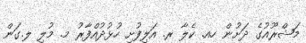
މަޝްރޫއުގެ ދަށުން ހއ. ކެލާ ރ. އަލިފުށި ހުޅުދުއްފާރު މ. މުލި ލ.ގަން